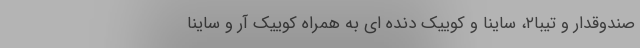
صندوقدار و تیبا۲، ساینا و کوییک دنده ای به همراه کوییک آر و ساینا